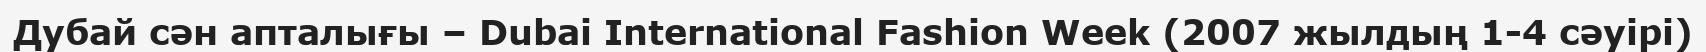
Дубай сән апталығы – Dubai International Fashion Week (2007 жылдың 1-4 сәуірі)